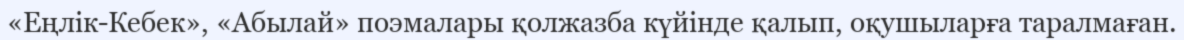
«Еңлік-Кебек», «Абылай» поэмалары қолжазба күйінде қалып, оқушыларға таралмаған.